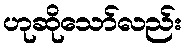
ဟုဆိုသော်လည်း